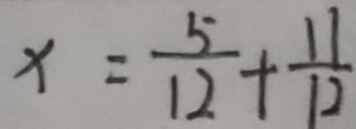
x = \frac { 5 } { 1 2 } + \frac { 1 1 } { 1 2 }